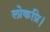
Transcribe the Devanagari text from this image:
लोकप्रि।